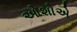
ઓશોએ